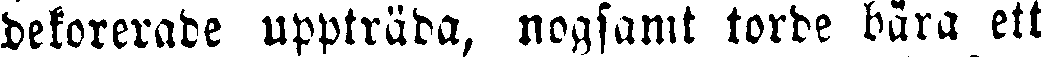
dekorerade uppträda, nogsamt torde bära ett